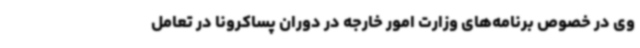
وی در خصوص برنامه‌های وزارت امور خارجه در دوران پساکرونا در تعامل